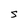
Character: S